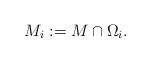
LaTeX: \begin{align*}M_i:=M\cap \Omega_i.\end{align*}